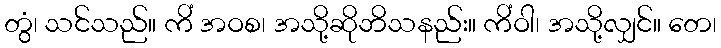
တွံ၊ သင်သည်။ ကိံ အဝစ၊ အသို့ဆိုဘိသနည်း။ ကိံဝါ၊ အသို့လျှင်။ တေ၊